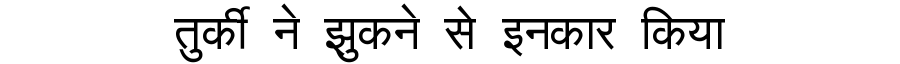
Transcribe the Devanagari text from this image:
तुर्की ने झुकने से इनकार किया